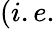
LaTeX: (i.e.